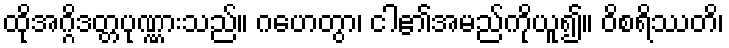
ထိုအဂ္ဂိဒတ္တပုဏ္ဏားသည်။ ဂဟေတွာ၊ ငါ၏အမည်ကိုယူ၍။ ဝိစရိဿတိ၊